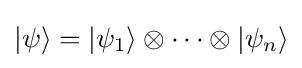
|\psi \rangle =|\psi _{1}\rangle \otimes \cdots \otimes |\psi _{n}\rangle